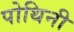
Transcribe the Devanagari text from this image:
पोथिनी